On the action of the venoms of the cobra (Naja tripudians) and of the daboia (Daboia russellii) on the red blood corpuscles and on the blood plasma - Number 4
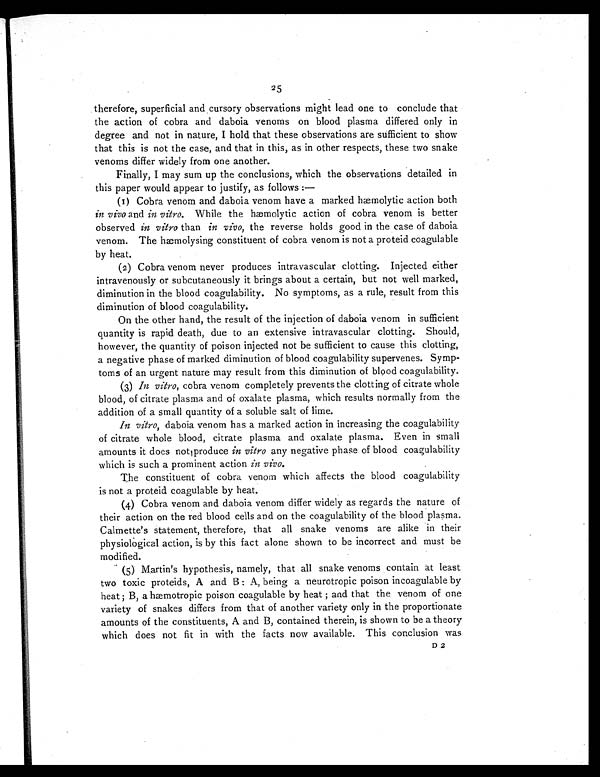
25
therefore, superficial and cursory observations might lead one to conclude that
the action of cobra and daboia venoms on blood plasma differed only in
degree and not in nature, I hold that these observations are sufficient to show
that this is not the case, and that in this, as in other respects, these two snake
venoms differ widely from one another.
Finally, I may sum up the conclusions, which the observations detailed in
this paper would appear to justify, as follows :—
(1) Cobra venom and daboia venom have a marked hæmolytic action both
in vivo and in vitro. While the hæmolytic action of cobra venom is better
observed in vitro than in vivo, the reverse holds good in the case of daboia
venom. The hæmolysing constituent of cobra venom is not a proteid coagulable
by heat.
(2) Cobra venom never produces intravascular clotting. Injected either
intravenously or subcutaneously it brings about a certain, but not well marked,
diminution in the blood coagulability. No symptoms, as a rule, result from this
diminution of blood coagulability.
On the other hand, the result of the injection of daboia venom in sufficient
quantity is rapid death, due to an extensive intravascular clotting. Should,
however, the quantity of poison injected not be sufficient to cause this clotting,
a negative phase of marked diminution of blood coagulability supervenes. Symp-
toms of an urgent nature may result from this diminution of blood coagulability.
(3) In vitro, cobra venom completely prevents the clotting of citrate whole
blood, of citrate plasma and of oxalate plasma, which results normally from the
addition of a small quantity of a soluble salt of lime.
In vitro, daboia venom has a marked action in increasing the coagulability
of citrate whole blood, citrate plasma and oxalate plasma. Even in small
amounts it does not produce in vitro any negative phase of blood coagulability
which is such a prominent action in vivo.
The constituent of cobra venom which affects the blood coagulability
is not a proteid coagulable by heat.
(4) Cobra venom and daboia venom differ widely as regards the nature of
their action on the red blood cells and on the coagulability of the blood plasma.
Calmette's statement, therefore, that all snake venoms are alike in their
physiological action, is by this fact alone shown to be incorrect and must be
modified.
(5) Martin's hypothesis, namely, that all snake venoms contain at least
two toxic proteids, A and B A, being a neurotropic poison incoagulable by
heat ; B, a hæmotropic poison coagulable by heat ; and that the venom of one
variety of snakes differs from that of another variety only in the proportionate
amounts of the constituents, A and B, contained therein, is shown to be a theory
which does not fit in with the facts now available. This conclusion was
D 2